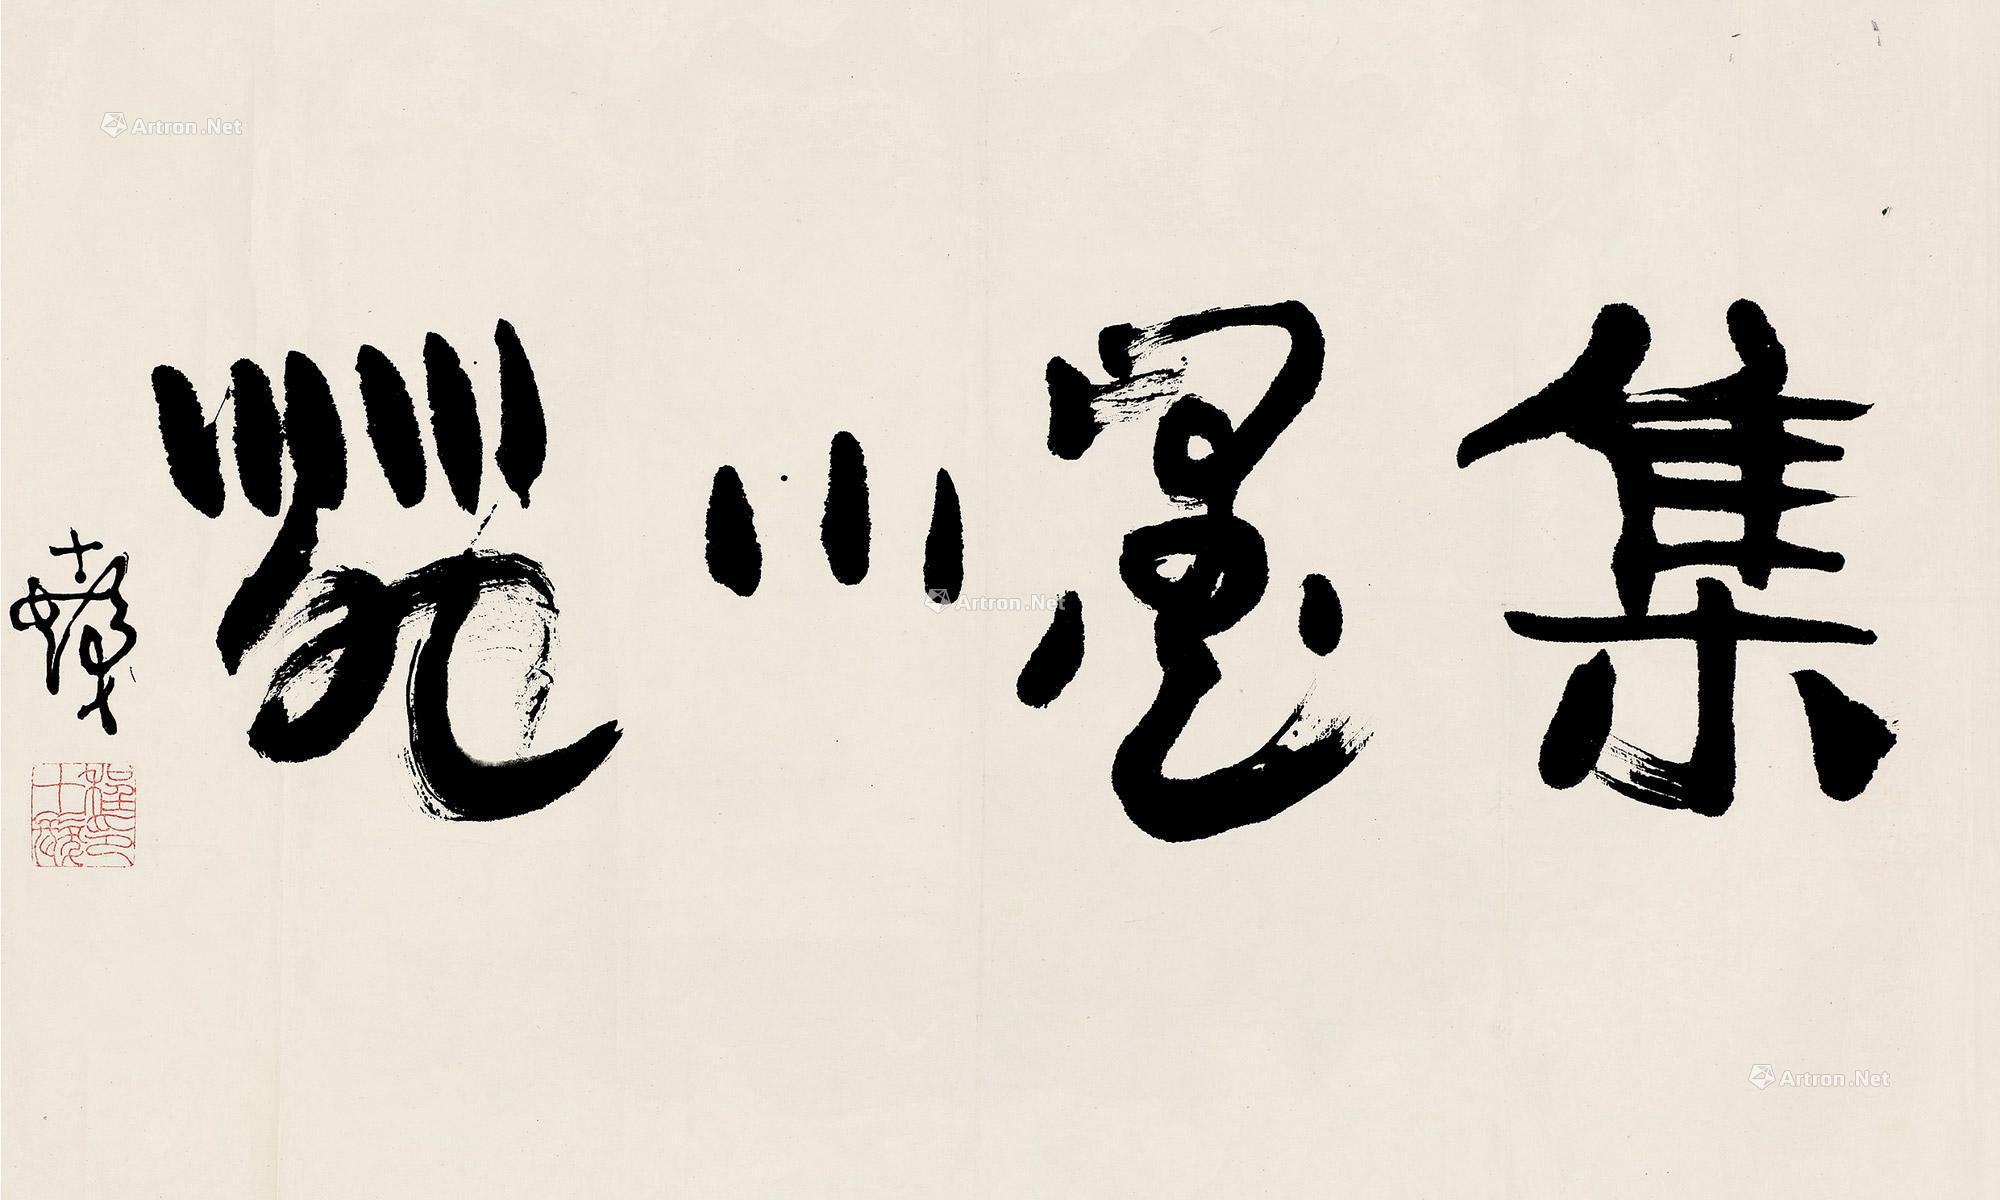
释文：集墨小苑十发。